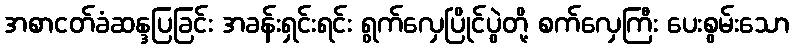
အစာငတ်ခံဆန္ဒပြခြင်း အခန်းရှင်းရင်း ရွက်လှေပြိုင်ပွဲတို့ စက်လှေကြီး ပေးစွမ်းသော